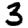
Digit: 3